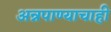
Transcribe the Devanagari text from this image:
अन्नपाण्याचाही